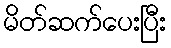
မိတ်ဆက်ပေးပြီး